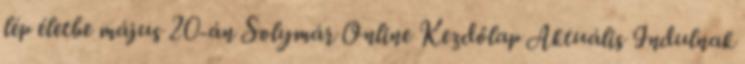
lép életbe május 20-án Solymár Online Kezdőlap Aktuális Indulnak